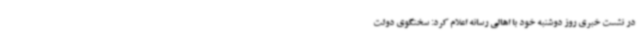
در نشست خبری روز دوشنبه خود با اهالی رسانه اعلام کرد: سخنگوی دولت